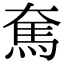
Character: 𩡱